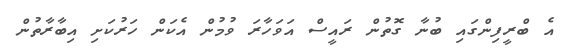
އެ ބްރީފިންގައި ބުނާ ގޮތުން ރައީސް އަވަހާރަ ވުމުން އެކަން ހަރުކަށި އިބާރާތުން